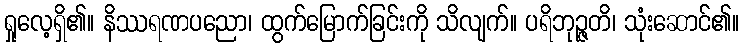
ရှုလေ့ရှိ၏။ နိဿရဏပညော၊ ထွက်မြောက်ခြင်းကို သိလျက်။ ပရိဘုဉ္ဇတိ၊ သုံးဆောင်၏။